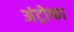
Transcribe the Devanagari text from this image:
अंट्रोफा